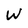
Character: w